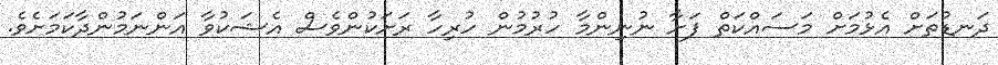
ދަނޑުތަަށް އެޅުމަށް މަސައްކަތް ފަށާ ނުނިންމާ ހުރުމުން ހުރިހާ ރަށަކުންވެސް އެޝަކުވާ އަންނަމުންދާކަމަށެވެ.